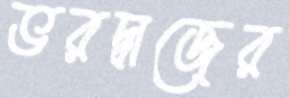
ভরদ্বাজের